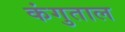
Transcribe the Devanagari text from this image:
कंगुताल